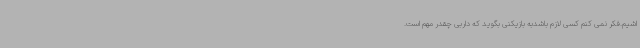
اشیم.فکر نمی کنم کسی لازم باشدبه بازیکنی بگوید که داربی چقدر مهم است.